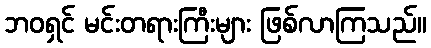
ဘဝရှင် မင်းတရားကြီးများ ဖြစ်လာကြသည်။